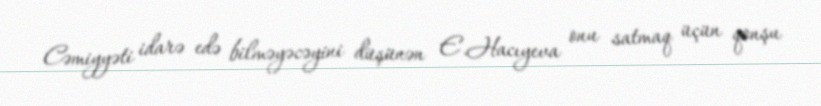
Cəmiyyəti idarə edə bilməyəcəyini düşünən E.Hacıyeva onu satmaq üçün qonşu